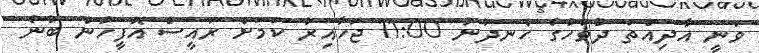
ވަނީ އާދިއްތަ ދުވަހުގެ ހެނދުނު 11:00 ޖަހާއިރު ކަމަށް ރައީސް އޮފީހުން ބުނެ